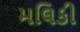
મલિકી